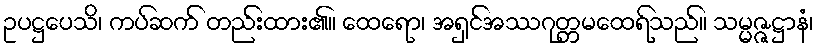
ဥပဋ္ဌပေသိ၊ ကပ်ဆက် တည်းထား၏။ ထေရော၊ အရှင်အဿဂုတ္တမထေရ်သည်။ သမ္မဇ္ဇဋ္ဌာနံ၊